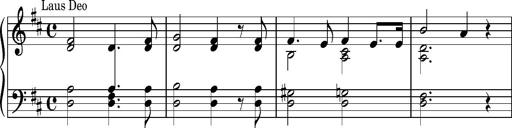
Title: Album-Leaf 'Weimar I', S.164h
Composer: Franz Liszt
Key: D major